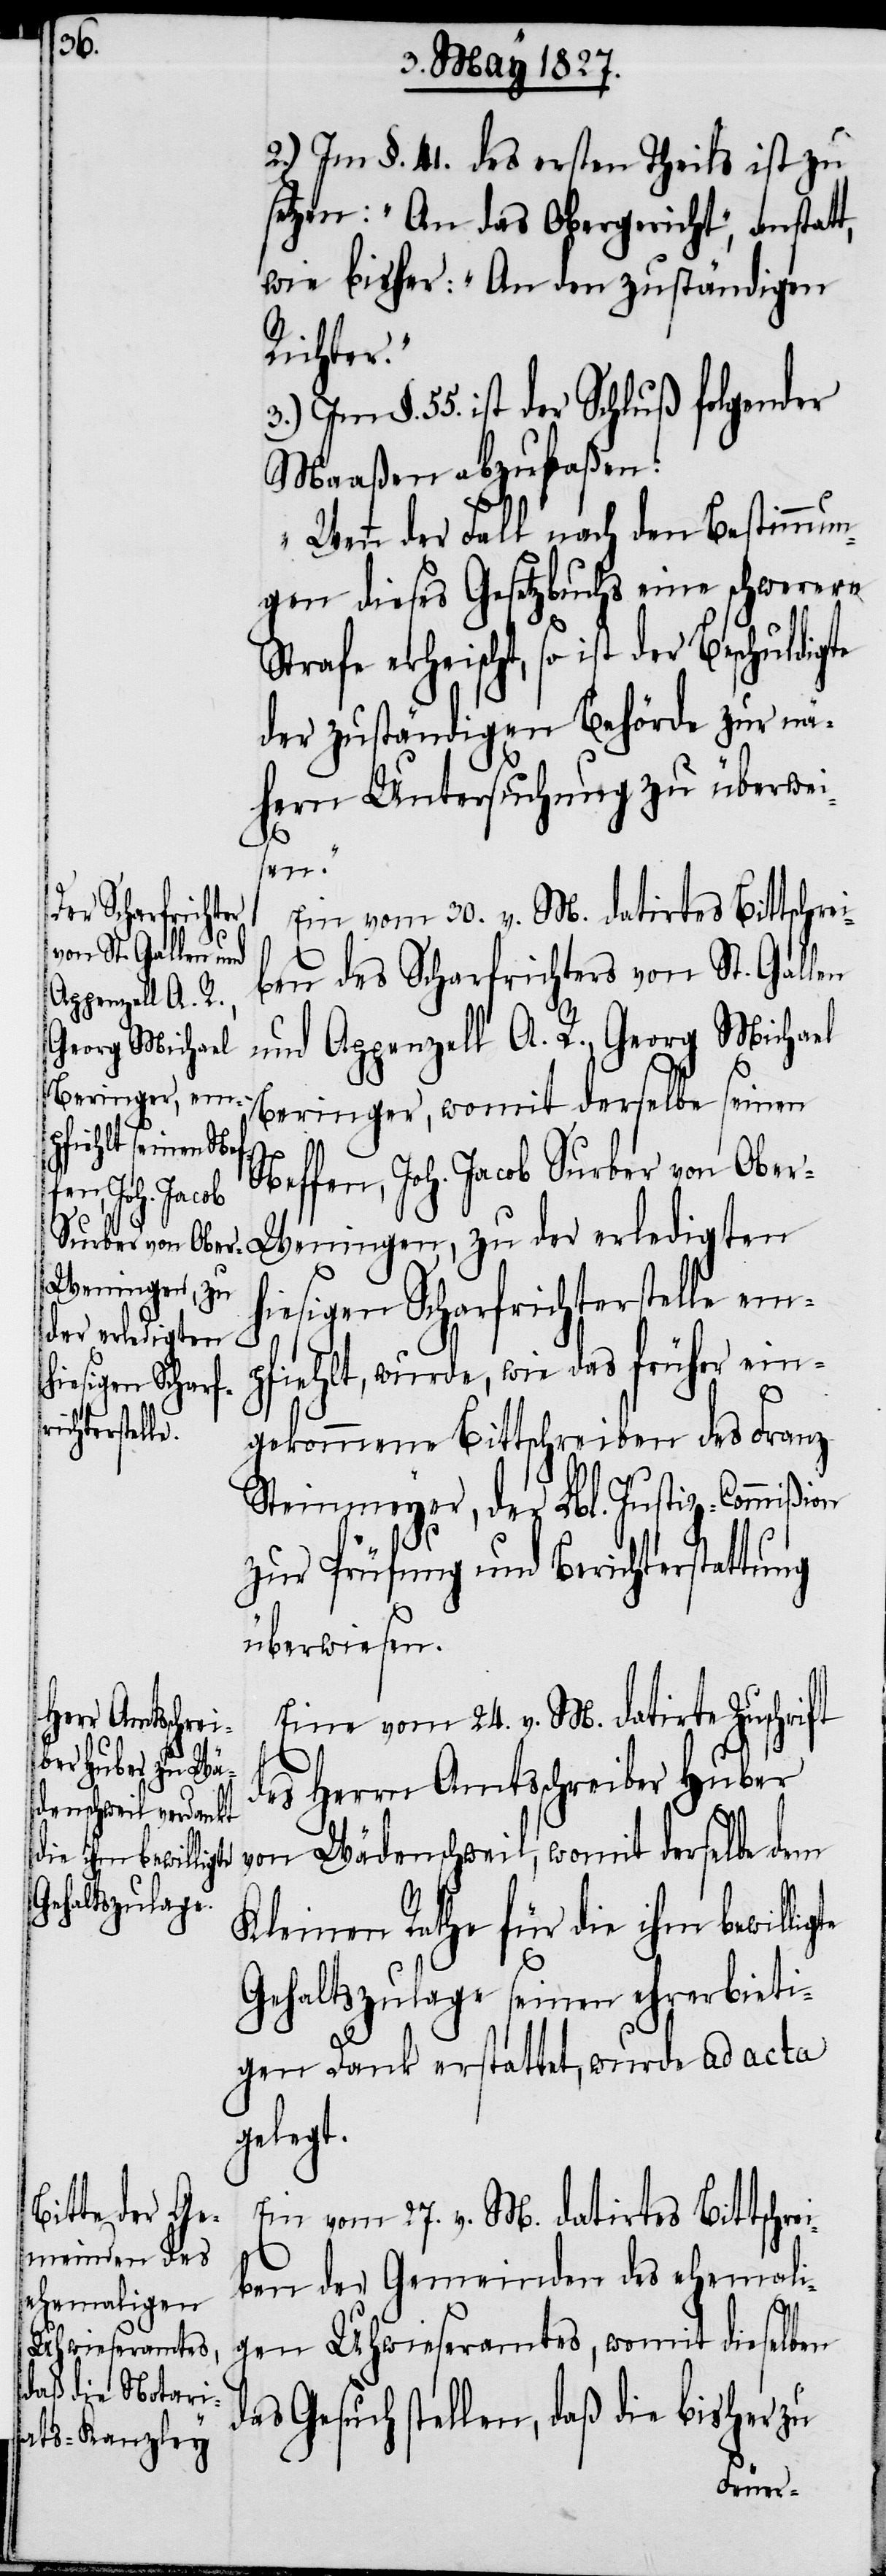
daß die bisher

2.) Im §. 41. des ersten Theils ist zu
setzen: „An das Obergericht“, anstatt,
wie bisher: „An den zuständigen
ligte
3.) Im §. 55. ist der Schluß folgender
Maaßen abzufaßen:
„Wenn der Fall nach den Bestimmun¬
gen dieses Gesetzbuchs eine schwerere
Strafe erheischt, so ist der Beschuldigte
der zuständigen Behörde zur nä¬
hern Untersuchung zu überwei¬
sen.“
Ein vom 30. v. M. datirtes Bittschrei¬
ben des Scharfrichters von St. Gallen
und Appenzell A. R., Georg Michael
Beringer, womit derselbe seinen
Neffen, Joh. Jacob Surber von Ober-W¬
eningen, zu der erledigten
hiesigen Scharfrichterstelle em¬
pfiehlt, wurde, wie das früher ein¬
gekommene Bittschreiben des Franz
Steinmeyer, der Lbl. Justiz-Commißion
zur Prüfung und Berichterstattung
überwiesen.
Eine vom 24. v. M. datirte Zuschrift
des Herrn Amtsschreiber Huber
von Wädenschweil, womit derselbe dem
Kleinen Rathe für die ihm bewil¬
Gehaltszulage seinen ehrerbieti¬
gen Dank erstattet, wurde ad acta
gelegt.
Ein vom 27. v. M. datirtes Bittschrei¬
ben der Gemeinden des ehemali¬
gen Uhwiesenamtes, womit dieselben